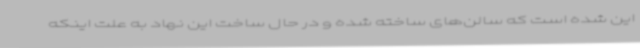
این شده است که سالن‌های ساخته شده و در حال ساخت این نهاد به علت اینکه